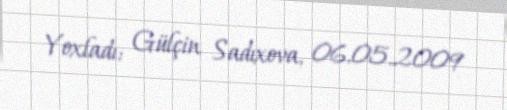
Yoxladı: Gülçin Sadıxova, 06.05.2009